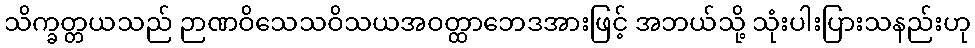
သိက္ခတ္တယသည် ဉာဏဝိသေသဝိသယအဝတ္ထာဘေဒအားဖြင့် အဘယ်သို့ သုံးပါးပြားသနည်းဟု